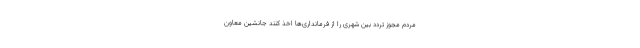
مردم مجوز تردد بین شهری را از فرمانداری‌ها اخذ کنند جانشین معاون